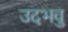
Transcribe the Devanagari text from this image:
उदभवु